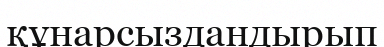
құнарсыздандырып